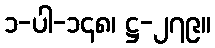
၁-ပါ-၁၄၈၊ ဋ္ဌ-၂၇၉။